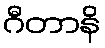
ဂီတာနိ